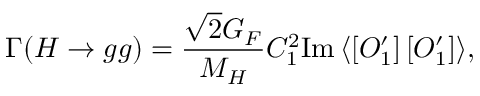
\Gamma ( H \to g g ) = \frac { \sqrt 2 G _ { F } } { M _ { H } } C _ { 1 } ^ { 2 } \mathrm { I m } \, \langle \left[ O _ { 1 } ^ { \prime } \right] \left[ O _ { 1 } ^ { \prime } \right] \rangle ,